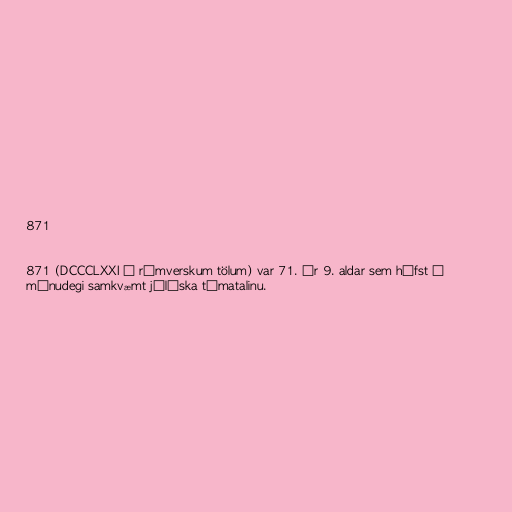
871

871 (DCCCLXXI í rómverskum tölum) var 71. ár 9. aldar sem hófst á
mánudegi samkvæmt júlíska tímatalinu.